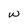
Character: w